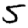
Digit: 5